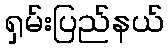
ရှမ်းပြည်နယ်